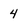
Character: 4